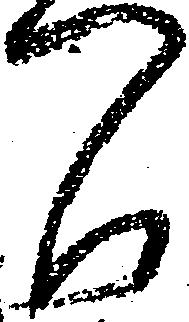
間